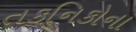
તકનિકોના